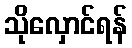
သိုလှောင်ရန်